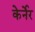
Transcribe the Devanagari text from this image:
केर्नेर